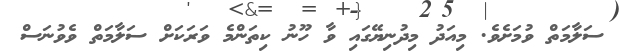
ސަލާމަތް ވުމަށެވެ. މިއަދު މިދުނިޔޭގައި ވާ ހޫނު ކިތަންމެ ވަރަކަށް ސަލާމަތް ވެވުނަސް